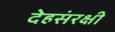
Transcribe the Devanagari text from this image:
देहसंरक्षी